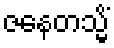
ဇနေတသ္မိံ